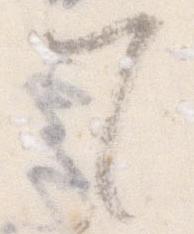
て